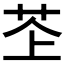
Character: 𫇳